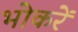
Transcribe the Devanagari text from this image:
भोकरें